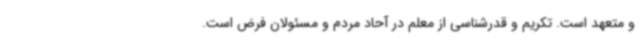
و متعهد است. تکریم و قدرشناسی از معلم در آحاد مردم و مسئولان فرض است.